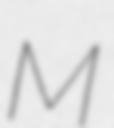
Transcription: M